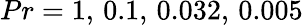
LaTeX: Pr=1,\, 0.1,\, 0.032,\, 0.005